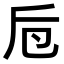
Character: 𠨗